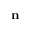
\mathbf { n }